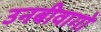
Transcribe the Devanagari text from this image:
उनबीवागो